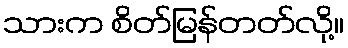
သားက စိတ်မြန်တတ်လို့။